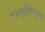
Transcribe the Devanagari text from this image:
राजमुंड्रीपासून